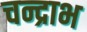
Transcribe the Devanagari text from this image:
चन्द्राभ